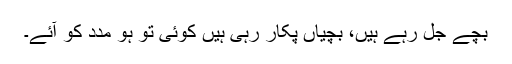
بچے جل رہے ہیں، بچیاں پکار رہی ہیں کوئی تو ہو مدد کو آئے۔